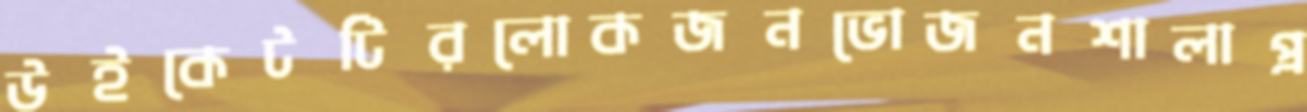
উইকেটটিরলোকজনভোজনশালাপ্র